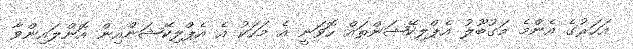
އަހަރުގެ އެންމެ މަގުބޫލު އެޕްލިކޭޝަންތައް ހޮވަނީ އެ މަހަކު އެ އެޕްލިކޭޝަންއިން އޮންލައިންވާ